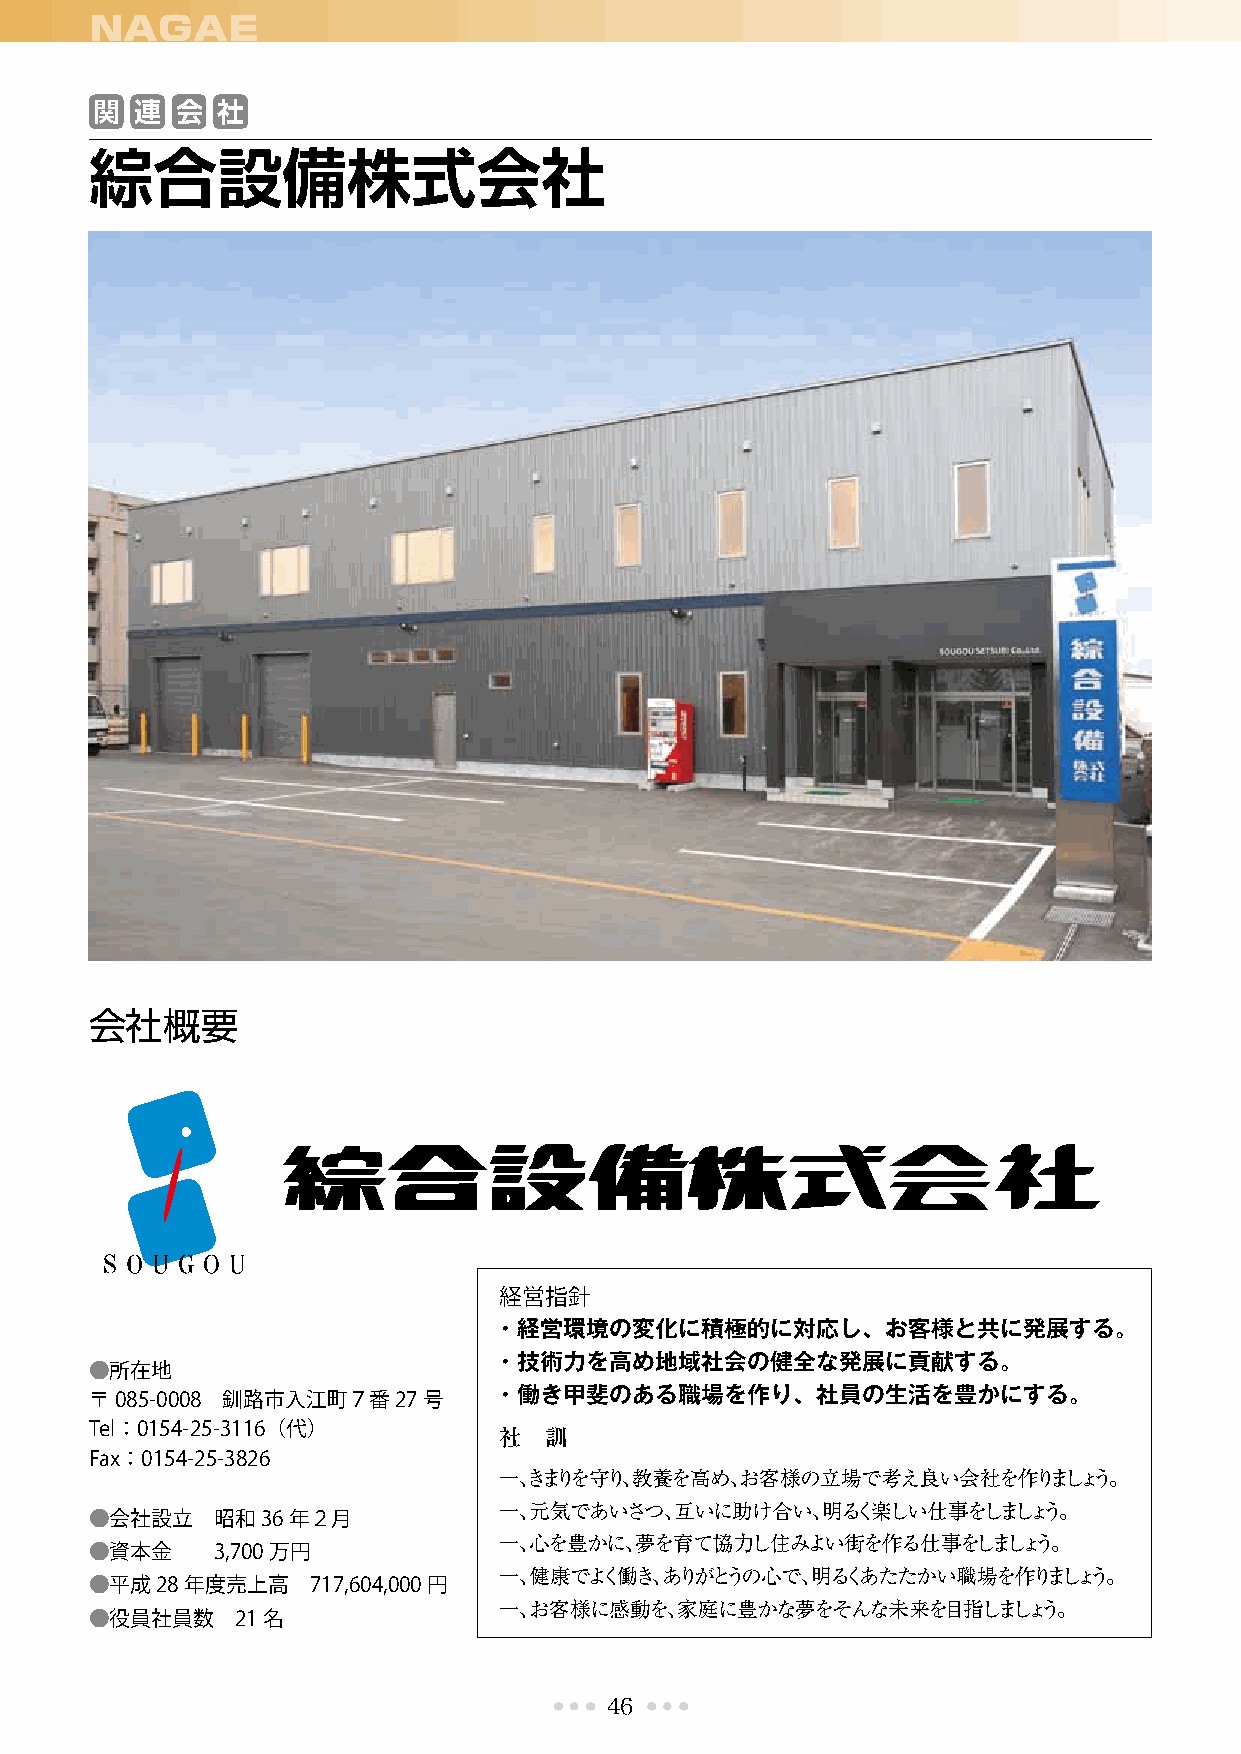
NAGAE
 関  連  会 社
 綜合設備株式会社
 会社概要
 経営指針
 ・ 経営環境の変化に積極的に対応し、お客様と共に発展する。
 ・ 技術力を高め地域社会の健全な発展に貢献する。
 ●所在地
 ・ 働き甲斐のある職場を作り、社員の生活を豊かにする。
 〒085-0008 釧路市入江町７番27号
 Tel：0154-25-3116（代）
 社  訓
 Fax：0154-25-3826
 一、きまりを守り、教養を高め、お客様の立場で考え良い会社を作りましょう。
 一、元気であいさつ、互いに助け合い、明るく楽しい仕事をしましょう。
 ●会社設立   昭和36年２月
 一、心を豊かに、夢を育て協力し住みよい街を作る仕事をしましょう。
 ●資本金    3,700万円
 一、健康でよく働き、ありがとうの心で、明るくあたたかい職場を作りましょう。
 ●平成28年度売上高    717,604,000円
 一、お客様に感動を、家庭に豊かな夢をそんな未来を目指しましょう。
 ●役員社員数    21名
 46